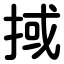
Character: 掝